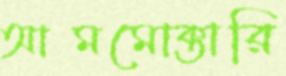
আমমোক্তারি